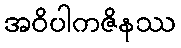
အဝိပါကဇိနဿ